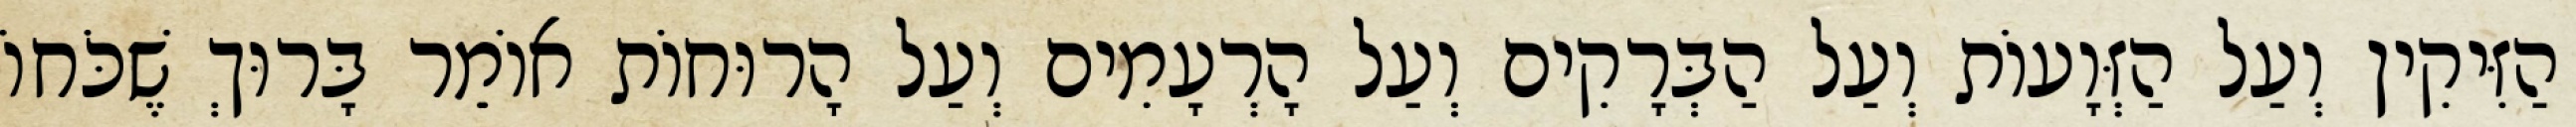
הַזִּיקִין וְעַל הַזְּוָעוֹת וְעַל הַבְּרָקִים וְעַל הָרְעָמִים וְעַל הָרוּחוֹת אוֹמֵר בָּרוּךְ שֶׁכֹּחוֹ